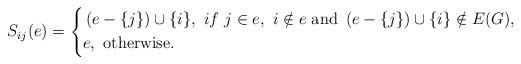
LaTeX: \begin{align*}S_{ij}(e) =\left\{\begin{aligned}&\left(e-\{j\}\right)\cup \{i\},\ if \ j\in e,\ i\notin e\mbox{ and }\left(e-\{j\}\right)\cup \{i\} \notin E(G),\\&e,\ \mbox{otherwise}.\end{aligned}\right.\end{align*}